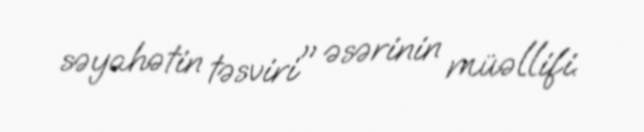
səyahətin təsviri" əsərinin müəllifi.